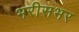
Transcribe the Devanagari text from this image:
भरीसभर